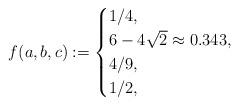
LaTeX: \begin{align*}f(a,b,c) :=\begin{cases}1/4, & \\6-4\sqrt{2}\approx 0.343, & \\4/9 , & \\1/2, & \end{cases}\end{align*}